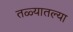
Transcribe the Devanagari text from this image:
तळ्यातल्या